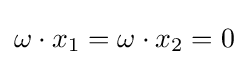
\omega \cdot x_{1}=\omega \cdot x_{2}=0